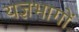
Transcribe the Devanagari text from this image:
यज्ञभागों